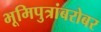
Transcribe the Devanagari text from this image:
भूमिपुत्रांबरोबर